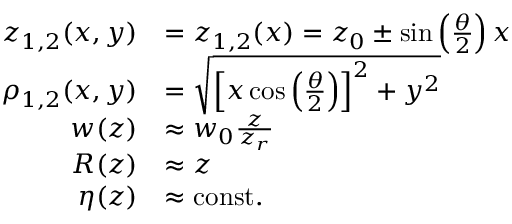
\begin{array} { r l } { z _ { 1 , 2 } ( x , y ) } & { = z _ { 1 , 2 } ( x ) = z _ { 0 } \pm \sin \left( \frac { \theta } { 2 } \right) x } \\ { \rho _ { 1 , 2 } ( x , y ) } & { = \sqrt { \left[ x \cos \left( \frac { \theta } { 2 } \right) \right] ^ { 2 } + y ^ { 2 } } } \\ { w ( z ) } & { \approx w _ { 0 } \frac { z } { z _ { r } } } \\ { R ( z ) } & { \approx z } \\ { \eta ( z ) } & { \approx \mathrm { c o n s t . } } \end{array}